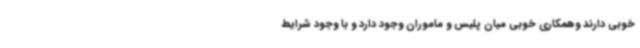
خوبی دارند وهمکاری خوبی میان پلیس و ماموران وجود دارد و با وجود شرایط